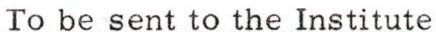
To be sent to the Institute